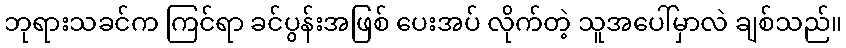
ဘုရားသခင်က ကြင်ရာ ခင်ပွန်းအဖြစ် ပေးအပ် လိုက်တဲ့ သူအပေါ်မှာလဲ ချစ်သည်။